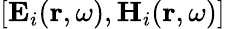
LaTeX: [\mathbf{E}_{i}(\mathbf{r},\omega),\mathbf{H}_{i}(\mathbf{r},\omega)]